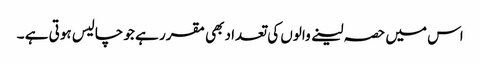
اس میں حصہ لینے والوں کی تعداد بھی مقرر ہے جو چالیس ہوتی ہے ۔